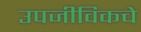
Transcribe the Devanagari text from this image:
उपजीविकचे